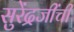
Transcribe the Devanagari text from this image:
सुरेंद्रजींची